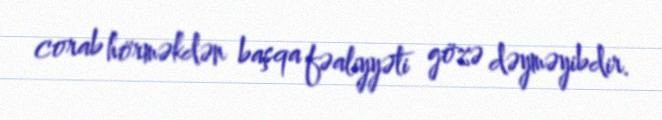
corab hörməkdən başqa fəaliyyəti gözə dəyməyibdir.